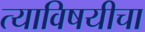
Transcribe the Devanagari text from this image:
त्याविषयीचा